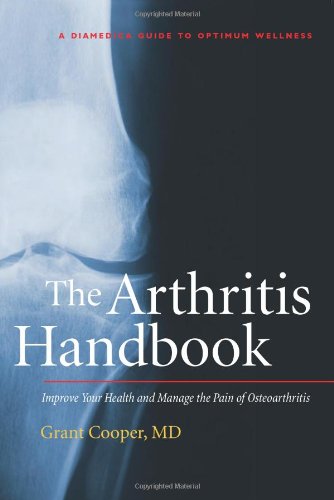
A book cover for The Arthritis Handbook: Improve Your Health and Manage the Pain of Osteoarthritis (A DiaMedica Guide to Optimum Wellness); M.D. Grant Cooper; Health, Fitness & Dieting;